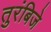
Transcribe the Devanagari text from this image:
तुरंबिजे